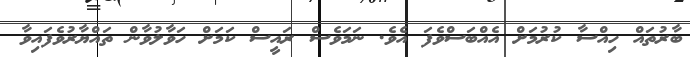
ބާރުތައް ހިއްސާ ކުރުމަށް އެއްބަސްވެފަ އެވެ. ނަމަވެސް ރައީސް ކަމަށް ހަވާލުވާން ތައްޔާރުވެފައިވާ